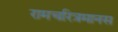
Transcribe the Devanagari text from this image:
रामचरित्रमानस